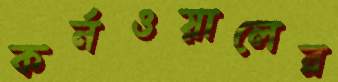
কর্নওয়ালের